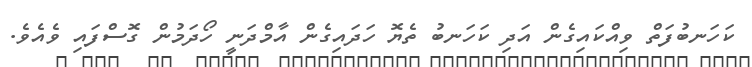
ކަހަނބުފަތް ވިއްކައިގެން އަދި ކަހަނބު ތެޔޮ ހަދައިގެން އާމްދަނީ ހޯދަމުން ގޮސްފައި ވެއެވެ.